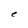
Character: e